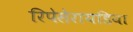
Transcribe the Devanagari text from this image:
रिपेसेरायडिया